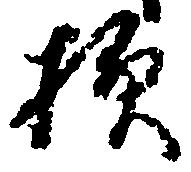
様